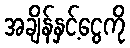
အချိန်နှင့်ငွေကို